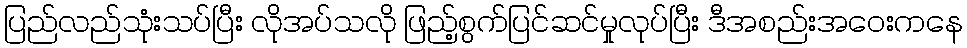
ပြည်လည်သုံးသပ်ပြီး လိုအပ်သလို ဖြည့်စွက်ပြင်ဆင်မှုလုပ်ပြီး ဒီအစည်းအဝေးကနေ